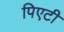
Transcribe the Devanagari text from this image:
पिएटी